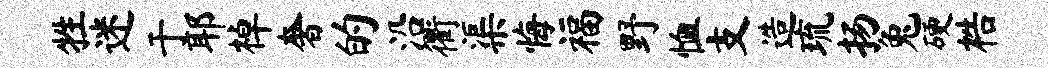
牲迷于耶棹奢的沿衢渠悔福野恤支造琉扬兔硬梏